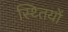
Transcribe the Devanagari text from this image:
स्थ्तियों